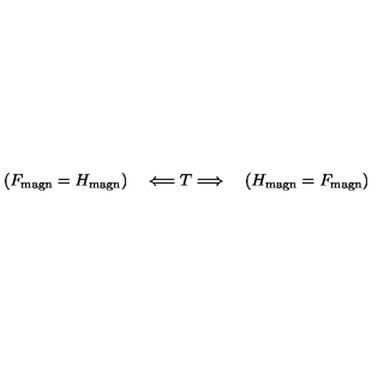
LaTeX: ( F _ { \mathrm { m a g n } } = H _ { \mathrm { m a g n } } ) \quad \Longleftarrow T \Longrightarrow \quad ( H _ { \mathrm { m a g n } } = F _ { \mathrm { m a g n } } )